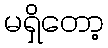
မရှိတော့